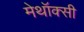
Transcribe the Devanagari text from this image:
मेथॉक्सी